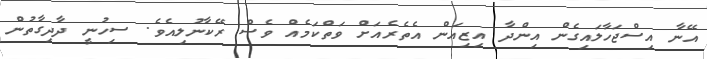
އޭނާ އިސްޖަހާލައިގެން އިންދާ އިޒިއަން އެތެރެއަށް ވަތްކަމެއް ވެސް ރޭކާނުލިއެވެ. ސިހުނީ ދާދިގާތުން